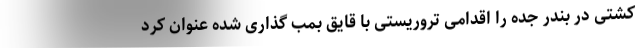
کشتی در بندر جده را اقدامی تروریستی با قایق بمب گذاری شده عنوان کرد